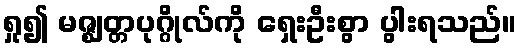
ရှု၍ မဇ္ဈတ္တပုဂ္ဂိုလ်ကို ရှေးဦးစွာ ပွါးရသည်။